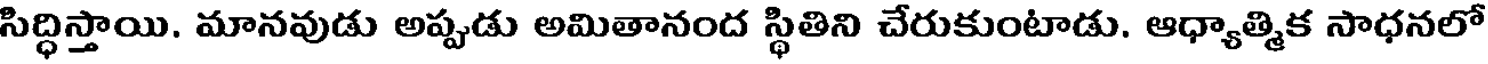
సిద్ధిస్తాయి. మానవుడు అప్పుడు అమితానంద స్థితిని చేరుకుంటాడు. ఆధ్యాత్మిక సాధనలో